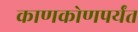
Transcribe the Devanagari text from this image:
काणकोणपर्यंत